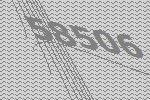
58506